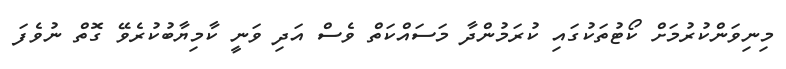
މިނިވަންކުރުމަށް ކޯޓުތަކުގައި ކުރަމުންދާ މަސައްކަތް ވެސް އަދި ވަނީ ކާމިޔާބުކުރެވޭ ގޮތް ނުވެފަ